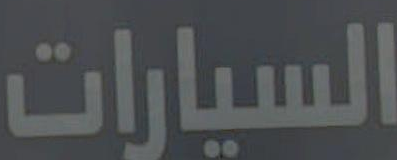
السيارات